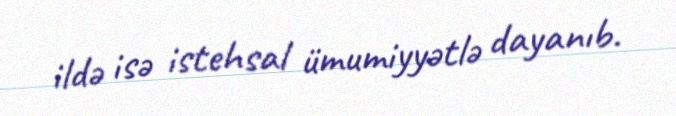
ildə isə istehsal ümumiyyətlə dayanıb.